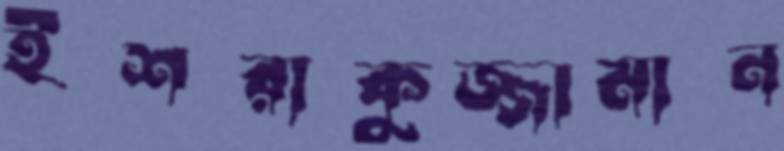
ইশরাকুজ্জামান